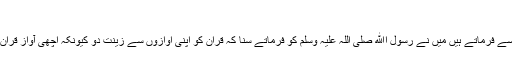
2208 -[22]
روایت ہے حضرت براء ابن عازب سے فرماتے ہیں میں نے رسول اﷲ صلی اللہ علیہ وسلم کو فرماتے سنا کہ قرآن کو اپنی آوازوں سے زینت دو کیونکہ اچھی آواز قرآن کا حسن بڑھا دیتی ہے ۱؎ (دارمی)